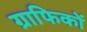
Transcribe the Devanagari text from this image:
ग्राफिकों